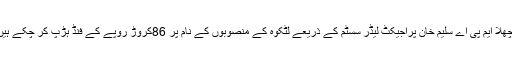
پچھلا ایم پی اے سلیم خان پراجیکٹ لیڈر سسٹم کے ذریعے لٹکوہ کے منصوبوں کے نام پر 86کروڑ روپے کے فنڈ ہڑپ کر چکے ہیں۔